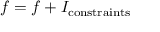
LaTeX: f = f + I _ { \mathrm { c o n s t r a i n t s } }